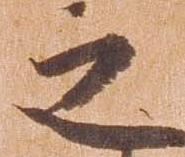
之